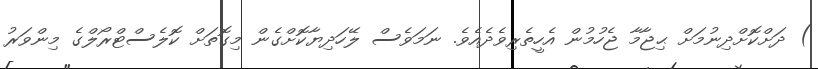
) ދަށްކޮށްދިނުމަށް ޙިޖާމާ ޖެހުމުން އެހީތެރިވެދެއެވެ. ނަމަވެސް ލޭހަދިޔާކޮށްގެން މިގޮތަށް ކޮލެސްޓްރޯލްގެ މިންވަރު